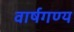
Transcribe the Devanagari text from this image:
वार्षगण्य